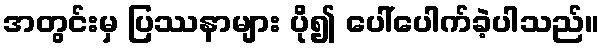
အတွင်းမှ ပြဿနာများ ပို၍ ပေါ်ပေါက်ခဲ့ပါသည်။